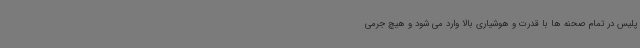
پلیس در تمام صحنه ها با قدرت و هوشیاری بالا وارد می شود و هیچ جرمی